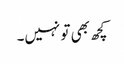
کچھ بھی تو نہیں۔